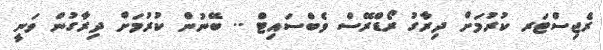
ރެޖިސްޓަރ ކުރުމަށް ދިރާގު ރޯޑްރޭސް ވެބްސައިޓް .. ބޭނުން ކުރުމަށް ދިރާގުން ވަނީ